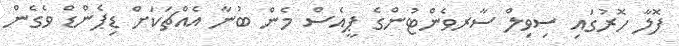
ފޮލާ ހޮރުގައި ސިވިލް ސާރވެންޓުންގެ ޕީއެސް މެން ބުނާ އެއްޗަކަށް ޑިޕެންޑް ވެގެން